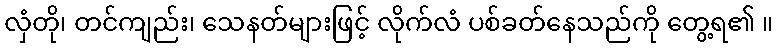
လှံတို၊ တင်ကျည်း၊ သေနတ်များဖြင့် လိုက်လံ ပစ်ခတ်နေသည်ကို တွေ့ရ၏ ။